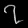
Digit: ၇